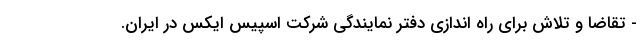
- تقاضا و تلاش برای راه اندازی دفتر نمایندگی شرکت اسپیس ایکس در ایران.